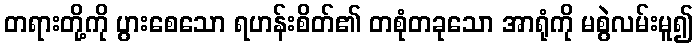
တရားတို့ကို ပွားစေသော ရဟန်းစိတ်၏ တစုံတခုသော အာရုံကို မစွဲလမ်းမူ၍